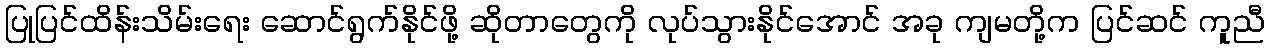
ပြုပြင်ထိန်းသိမ်းရေး ဆောင်ရွက်နိုင်ဖို့ ဆိုတာတွေကို လုပ်သွားနိုင်အောင် အခု ကျမတို့က ပြင်ဆင် ကူညီ